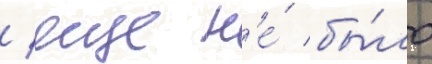
/ еще н'е́ бы́ло